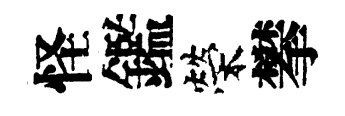
怪鑑榮攀